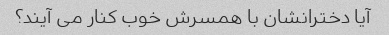
آیا دخترانشان با همسرش خوب کنار می آیند؟